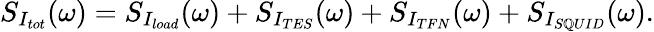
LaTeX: S_{I_{tot}}(\omega)=S_{I_{load}}(\omega)+S_{I_{TES}}(\omega)+S_{I_{TFN}}(\omega)+S_{I_{S\mathbb{Q}UID}}(\omega).